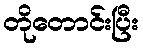
တိုတောင်းပြီး